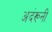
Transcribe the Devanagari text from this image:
अदंरूनी